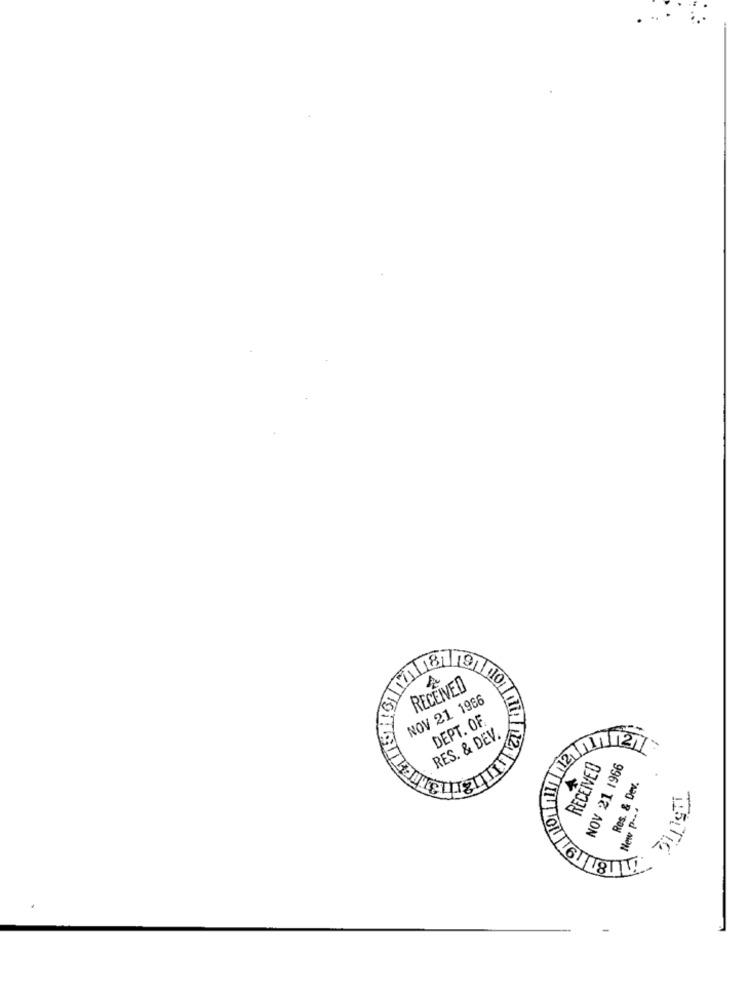
1111811
RECEIVED
NOV 21 1986
DEPT. OF
RES. & DEV.
12
RECEIVED
NOV 21 1966
Res. & Dev.
New P ---